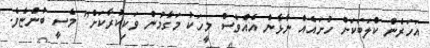
އަހަރެން ކްލަބަކަށް ހުށައެއް ނާޅާން އެއްވެސް މީހަކު މަގާމުން ވަކިކުރާކަށް" މެސީ ބުންޏެވެ.